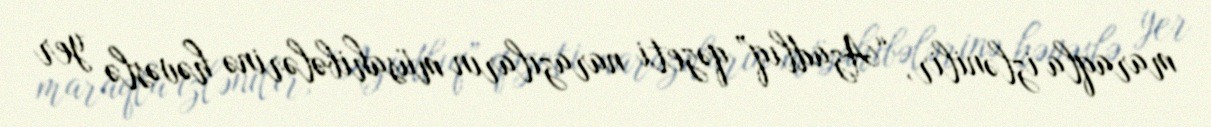
maraqla izlənilir, “Azadlıq” qəzeti narazıların müsahibələrinə həvəslə yer